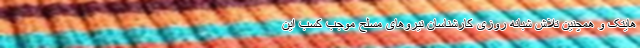
هایتک و همچنین تلاش شبانه روزی کارشناسان نیروهای مسلح موجب کسب این